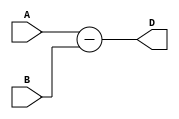
module subtractor(input [7:0] A, input [7:0] B, output [7:0] D);

   assign D = A - B;

endmodule